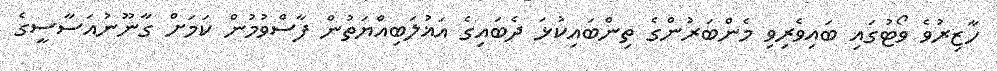
ހާޒިރުވެ ވޯޓުގައި ބައިވެރިވި މެންބަރުންގެ ތިންބައިކުޅަ ދެބައިގެ އަޣުލަބިއްޔަތުން ފާސްވުމުން ކަމަށް ގާނޫނުއަސާސީގެ